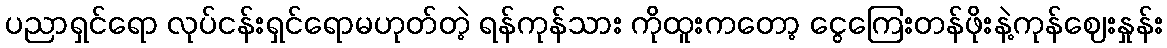
ပညာရှင်ရော လုပ်ငန်းရှင်ရောမဟုတ်တဲ့ ရန်ကုန်သား ကိုထူးကတော့ ငွေကြေးတန်ဖိုးနဲ့ကုန်ဈေးနှုန်း